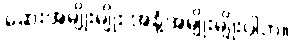
ဆေးအမျိုးမျိုး အနံ့အမျိုးမျိုးပါဘဲ။